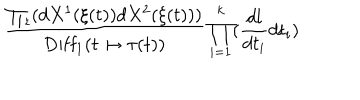
{ \frac { \prod _ { t } ( d X ^ { 1 } ( \xi ( t ) ) d X ^ { 2 } ( \xi ( t ) ) ) } { \mathrm { D i f f } _ { 1 } ( t \mapsto \tau ( t ) ) } } \prod _ { i = 1 } ^ { k } ( { \frac { d l } { d t _ { i } } } d t _ { i } )